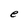
Character: e